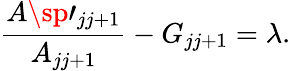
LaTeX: {\frac{A\sp\prime_{jj+1}}{A_{jj+1}}}-G_{jj+1}=\lambda.